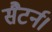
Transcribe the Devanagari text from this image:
सैटर्न।